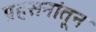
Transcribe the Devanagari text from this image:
प्रहसनांतून